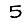
Digit: 5